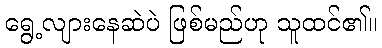
ရွေ့လျားနေဆဲပဲ ဖြစ်မည်ဟု သူထင်၏။